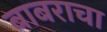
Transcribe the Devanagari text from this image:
बाबराचा